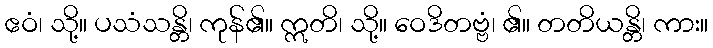
ဧဝံ၊ သို့။ ပသံသန္တိ၊ ကုန်၏။ ဣတိ၊ သို့။ ဝေဒိတဗ္ဗံ၊ ၏။ တတိယန္တိ၊ ကား။